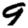
Digit: 9